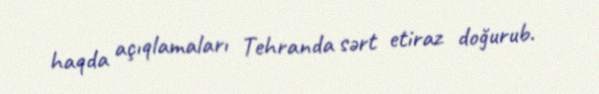
haqda açıqlamaları Tehranda sərt etiraz doğurub.